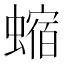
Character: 𧐴